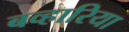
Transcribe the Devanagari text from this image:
बव्हारिया